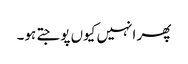
پھر انہیں کیوں پوجتے ہو۔